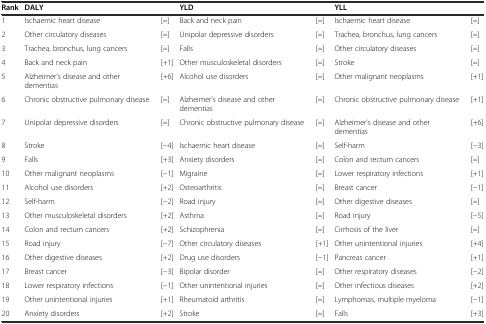
| Rank | DALY |  | YLD |  | YLL |  |
 | --- | --- | --- | --- | --- | --- | --- |
 | 1 | Ischaemic heart disease | [=] | Back and neck pain | [=] | Ischaemic heart disease | [=] |
 | 2 | Other circulatory diseases | [=] | Unipolar depressive disorders | [=] | Trachea, bronchus, lung cancers | [=] |
 | 3 | Trachea, bronchus, lung cancers | [=] | Falls | [=] | Other circulatory diseases | [=] |
 | 4 | Back and neck pain | [+1] | Other musculoskeletal disorders | [=] | Stroke | [=] |
 | 5 | Alzheimer’s disease and other dementias | [+6] | Alcohol use disorders | [=] | Other malignant neoplasms | [+1] |
 | 6 | Chronic obstructive pulmonary disease | [=] | Alzheimer’s disease and other dementias | [=] | Chronic obstructive pulmonary disease | [+1] |
 | 7 | Unipolar depressive disorders | [=] | Chronic obstructive pulmonary disease | [=] | Alzheimer’s disease and other dementias | [+6] |
 | 8 | Stroke | [−4] | Ischaemic heart disease | [=] | Self-harm | [−3] |
 | 9 | Falls | [+3] | Anxiety disorders | [=] | Colon and rectum cancers | [=] |
 | 10 | Other malignant neoplasms | [−1] | Migraine | [=] | Lower respiratory infections | [+1] |
 | 11 | Alcohol use disorders | [+2] | Osteoarthritis | [=] | Breast cancer | [−1] |
 | 12 | Self-harm | [−2] | Road injury | [=] | Other digestive diseases | [=] |
 | 13 | Other musculoskeletal disorders | [+2] | Asthma | [=] | Road injury | [−5] |
 | 14 | Colon and rectum cancers | [+2] | Schizophrenia | [=] | Cirrhosis of the liver | [=] |
 | 15 | Road injury | [−7] | Other circulatory diseases | [+1] | Other unintentional injuries | [+4] |
 | 16 | Other digestive diseases | [+2] | Drug use disorders | [−1] | Pancreas cancer | [+1] |
 | 17 | Breast cancer | [−3] | Bipolar disorder | [=] | Other respiratory diseases | [−2] |
 | 18 | Lower respiratory infections | [−1] | Other unintentional injuries | [=] | Other infectious diseases | [+2] |
 | 19 | Other unintentional injuries | [+1] | Rheumatoid arthritis | [=] | Lymphomas, multiple myeloma | [−1] |
 | 20 | Anxiety disorders | [+2] | Stroke | [=] | Falls | [+3] |